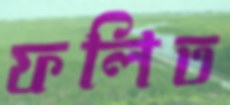
ফলিত